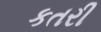
કતરી